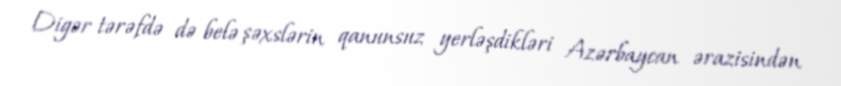
Digər tərəfdə də belə şəxslərin qanunsuz yerləşdikləri Azərbaycan ərazisindən